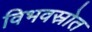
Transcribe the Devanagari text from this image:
विभवस्रोत